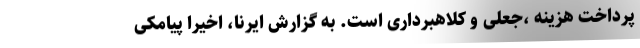
پرداخت هزینه ،جعلی و کلاهبرداری است. به گزارش ایرنا، اخیراً پیامکی